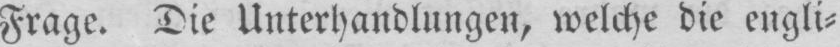
Frage. Die Unterhandlungen, welche die engli⸗